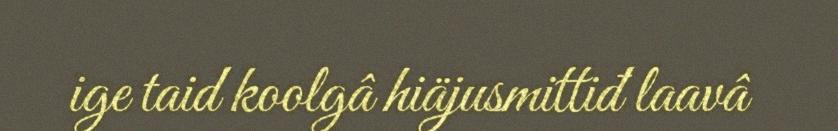
ige taid koolgâ hiäjusmittiđ laavâ